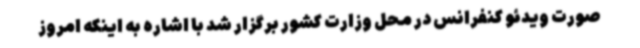
صورت ویدئو کنفرانس در محل وزارت کشور برگزار شد با اشاره به اینکه امروز